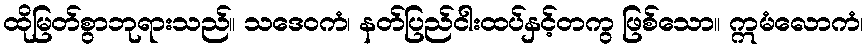
ထိုမြတ်စွာဘုရားသည်။ သဒေဝကံ၊ နတ်ပြည်ငါးထပ်နှင့်တကွ ဖြစ်သော။ ဣမံလောကံ၊